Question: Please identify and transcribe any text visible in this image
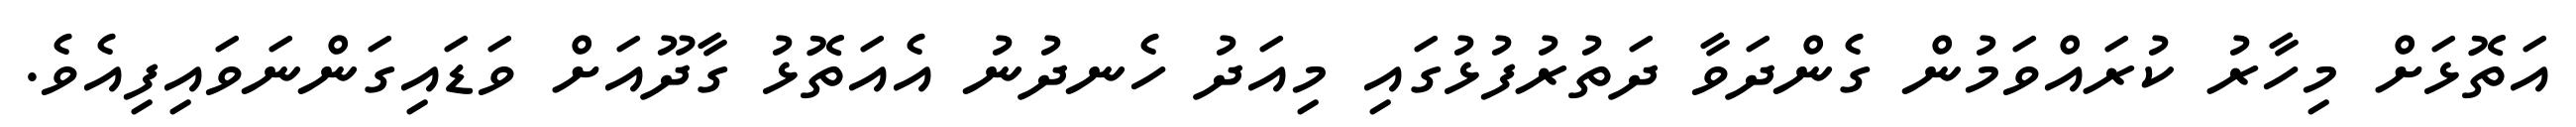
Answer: އަތޮޅަށް މިހާރު ކުރައްވަމުން ގެންދަވާ ދަތުރުފުޅުގައި މިއަދު ހެނދުނު އެއަތޮޅު ގާދޫއަށް ވަޑައިގަންނަވައިފިއެވެ.